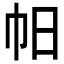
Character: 𢁯